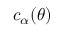
c _ { \alpha } ( \theta )